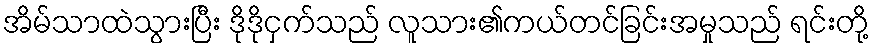
အိမ်သာထဲသွားပြီး ဒိုဒိုငှက်သည် လူသား၏ကယ်တင်ခြင်းအမှုသည် ရင်းတို့